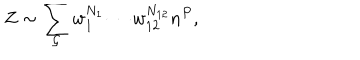
LaTeX: Z \sim \sum _ { { \cal G } } w _ { 1 } ^ { N _ { 1 } } \cdots w _ { 1 2 } ^ { N _ { 1 2 } } n ^ { P } ,